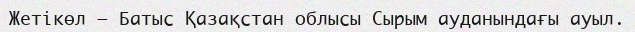
Жетікөл – Батыс Қазақстан облысы Сырым ауданындағы ауыл.